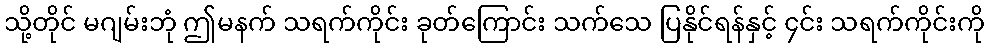
သို့တိုင် မဂျမ်းဘုံ ဤမနက် သရက်ကိုင်း ခုတ်ကြောင်း သက်သေ ပြနိုင်ရန်နှင့် ၄င်း သရက်ကိုင်းကို